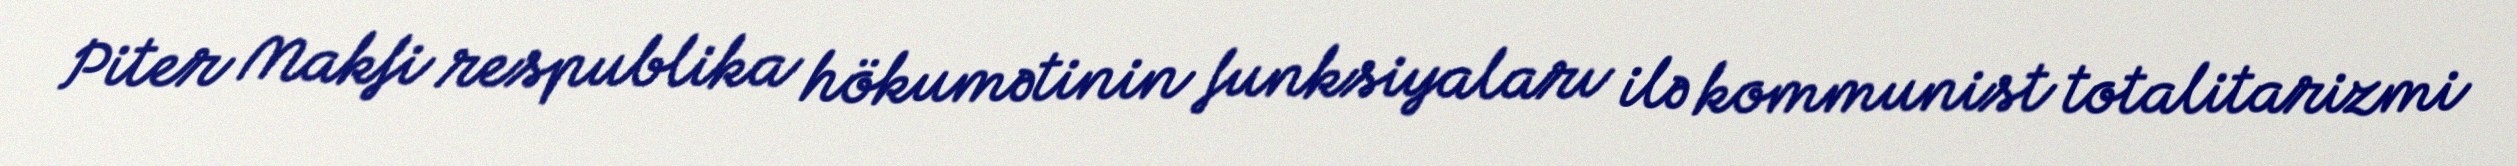
Piter Makfi respublika hökumətinin funksiyaları ilə kommunist totalitarizmi